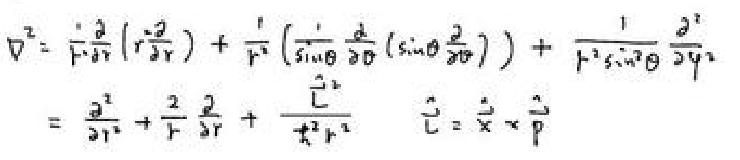
\begin{align*}
\nabla^{2}&=\frac{1}{r^{2}}\frac{\partial}{\partial r}\left(r^{2}\frac{\partial}{\partial r}\right)+\frac{1}{r^{2}}\left(\frac{1}{\sin\theta}\frac{\partial}{\partial\theta}\left(\sin\theta\frac{\partial}{\partial\theta}\right)\right)+\frac{1}{r^{2}\sin^{2}\theta}\frac{\partial^{2}}{\partial\varphi^{2}}\\
&=\frac{\partial^{2}}{\partial r^{2}}+\frac{2}{r}\frac{\partial}{\partial r}+\frac{\vec{L}^{2}}{\hbar^{2}r^{2}}\quad\vec{L}=\vec{x}\times\vec{p}
\end{align*}